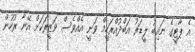
އެ ޕާޓީގެ ނައިބު ލީޑަރު އަބްދުއްރަހީމް ވަނީ އެއްވެސް ވަޒީރަކަށް އޭނާ ރުހުން